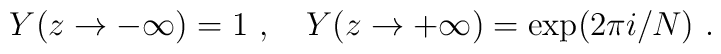
Y(z\rightarrow-\infty)=1~,~~~Y(z\rightarrow+\infty)=\exp(2\pi i/N)~.